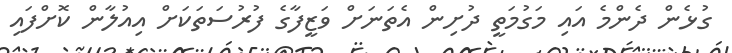
ގުޅެން ދެންމެ އައި މަގުމަތީ ދުށިން އެތަނަށް ވަޒީފާގެ ފުރުސަތަކަށް އިއުލާން ކޮށްފައި